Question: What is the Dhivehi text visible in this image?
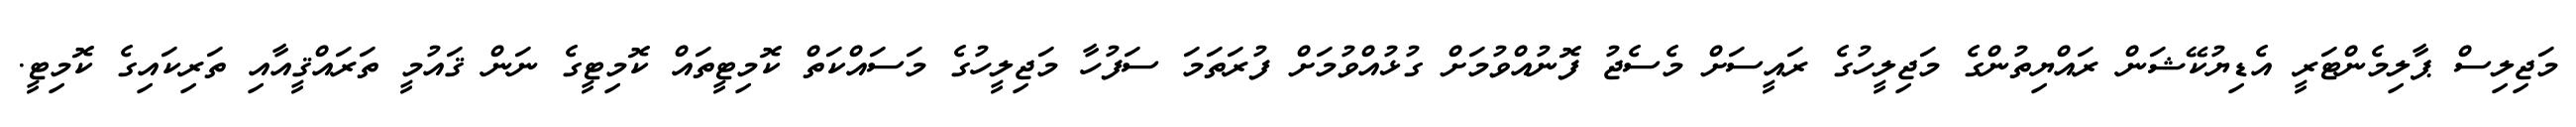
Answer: މަޖިލިސް ޕާލިމެންޓަރީ އެޑިޔުކޭޝަން ރައްޔިތުންގެ މަޖިލީހުގެ ރައީސަށް މެސެޖު ފޮނުއްވުމަށް ގުޅުއްވުމަށް ފުރަތަމަ ސަފުހާ މަޖިލީހުގެ މަސައްކަތް ކޮމިޓީތައް ކޮމިޓީގެ ނަން ޤައުމީ ތަރައްޤީއާއި ތަރިކައިގެ ކޮމިޓީ.